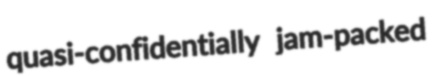
quasi-confidentially jam-packed